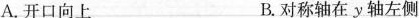
A.开口向上 B.对称轴在y轴左侧